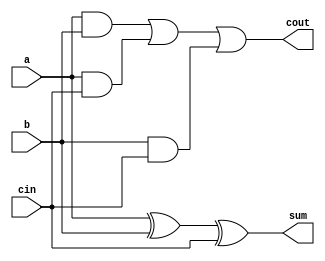
module full_adder (
  a,
  b,
  cin,
  sum,
  cout
);

  input a, b, cin;
  output sum, cout;

  wire w1, w2, w3;
  and(w1, a, b);
  and(w2, a, cin);
  and(w3, b, cin);
  or(cout, w1, w2, w3);
  xor(sum, a, b, cin);

endmodule